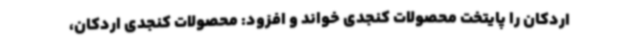
اردکان را پایتخت محصولات کنجدی خواند و افزود: محصولات کنجدی اردکان،